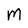
Character: M